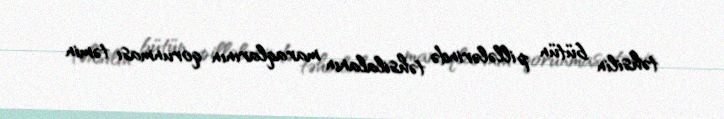
təhsilin bütün pillələrində təhsilalanın maraqlarının qorunması təmin